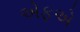
એફએ